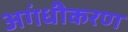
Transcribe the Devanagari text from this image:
अगंधीकरण